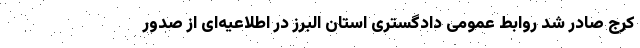
کرج صادر شد روابط عمومی دادگستری استان البرز در اطلاعیه‌ای از صدور